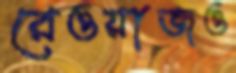
রেওয়াজও